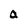
Character: a